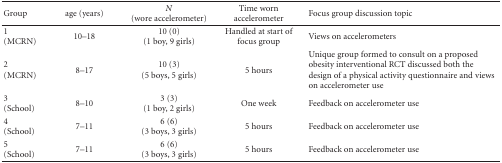
<table><thead><tr><td><b>Group</b></td><td><b>age (years)</b></td><td><b><i>N</i> (wore accelerometer)</b></td><td><b>Time worn accelerometer</b></td><td><b>Focus group discussion topic </b></td></tr></thead><tbody><tr><td>1(MCRN)</td><td>10–18</td><td>10 (0)(1 boy, 9 girls)</td><td>Handled at start of focus group</td><td>Views on accelerometers</td></tr><tr><td>2(MCRN)</td><td>8–17</td><td>10 (3)(5 boys, 5 girls)</td><td>5 hours</td><td>Unique group formed to consult on a proposed obesity interventional RCT discussed both the design of a physical activity questionnaire and views on accelerometer use</td></tr><tr><td>3(School)</td><td>8–10</td><td>3 (3)(1 boy, 2 girls)</td><td>One week</td><td>Feedback on accelerometer use</td></tr><tr><td>4(School)</td><td>7–11</td><td>6 (6)(3 boys, 3 girls) </td><td>5 hours</td><td>Feedback on accelerometer use </td></tr><tr><td>5(School)</td><td>7–11</td><td>6 (6)(3 boys, 3 girls)</td><td>5 hours</td><td>Feedback on accelerometer use </td></tr></tbody></table>